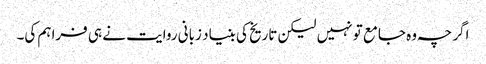
اگر چہ وہ جامع تو نہیں لیکن تاریخ کی بنیاد زبانی روایت نے ہی فراہم کی۔